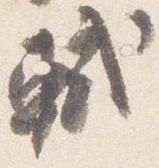
軾